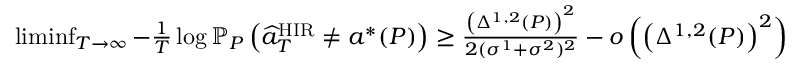
\begin{array} { r l } & { \operatorname* { l i m i n f } _ { T \to \infty } - \frac { 1 } { T } \log \mathbb { P } _ { P } \left( \widehat { a } _ { T } ^ { \mathrm { H I R } } \neq a ^ { * } ( P ) \right) \geq \frac { \left( \Delta ^ { 1 , 2 } ( P ) \right) ^ { 2 } } { 2 ( \sigma ^ { 1 } + \sigma ^ { 2 } ) ^ { 2 } } - o \left( \left( \Delta ^ { 1 , 2 } ( P ) \right) ^ { 2 } \right) } \end{array}